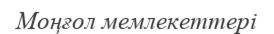
Моңғол мемлекеттері